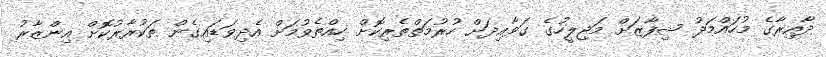
ދާއިރާގެ މުހައްމަދު ޝިފާޒަށް މަޖިލީހުގެ ގަވާއިދަށް ހުރުމަތްތެރިކޮށް ހިއްތެވުމަށް އެދިވަޑައިގެން ތަކުރާރުކޮށް އިންޒާރު